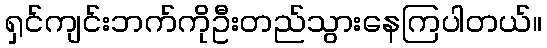
ရှင်ကျင်းဘက်ကိုဦးတည်သွားနေကြပါတယ်။